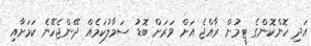
އަދި ހޮންކޮންގެ ޓީމުން ރާއްޖެ އަށް ވަރަށް ބޮޑު ސަމާލުކަމެއް ދޭންޖެހޭނެ ކަމަށާއި